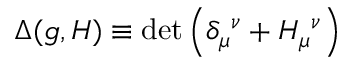
\Delta ( g , H ) \equiv \operatorname * { d e t } { \left( \delta _ { \mu } { } ^ { \nu } + H _ { \mu } { } ^ { \nu } \right) }